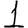
Digit: 1